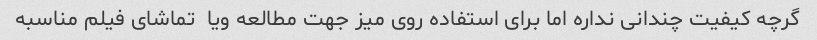
گرچه کیفیت چندانی نداره اما برای استفاده روی میز جهت مطالعه ویا  تماشای فیلم مناسبه